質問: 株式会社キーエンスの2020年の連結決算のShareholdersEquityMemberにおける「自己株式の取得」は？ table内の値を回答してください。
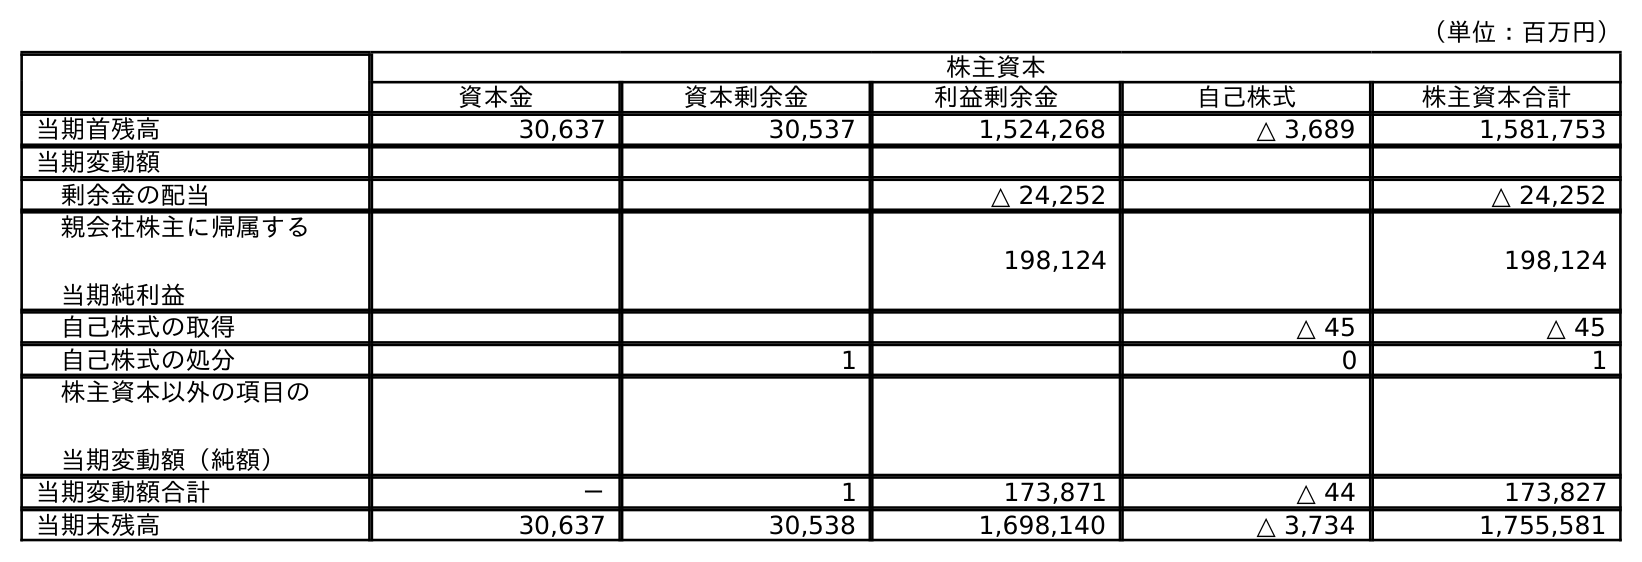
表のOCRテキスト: （単位：百万円） 株主資本 資本金 資本剰余金 利益剰余金 自己株式 株主資本合計 当期首残高 30,637 30,537 1,524,268 △ 3,689 1,581,753 当期変動額 剰余金の配当 △ 24,252 △ 24,252 親会社株主に帰属する 当期純利益 198,124 198,124 自己株式の取得 △ 45 △ 45 自己株式の処分 1 0 1 株主資本以外の項目の 当期変動額（純額） 当期変動額合計 － 1 173,871 △ 44 173,827 当期末残高 30,637 30,538 1,698,140 △ 3,734 1,755,581
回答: △45